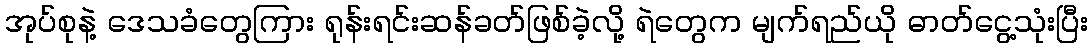
အုပ်စုနဲ့ ဒေသခံတွေကြား ရုန်းရင်းဆန်ခတ်ဖြစ်ခဲ့လို့ ရဲတွေက မျက်ရည်ယို ဓာတ်ငွေ့သုံးပြီး